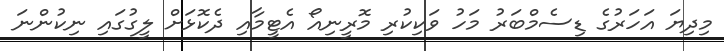
މިދިޔަ އަހަރުގެ ޑިސެމްބަރު މަހު ވަކިކުރި މޮރީނިއޯ އެޓީމާއި ދެކޮޅަށް ލީގުގައި ނިކުންނަ